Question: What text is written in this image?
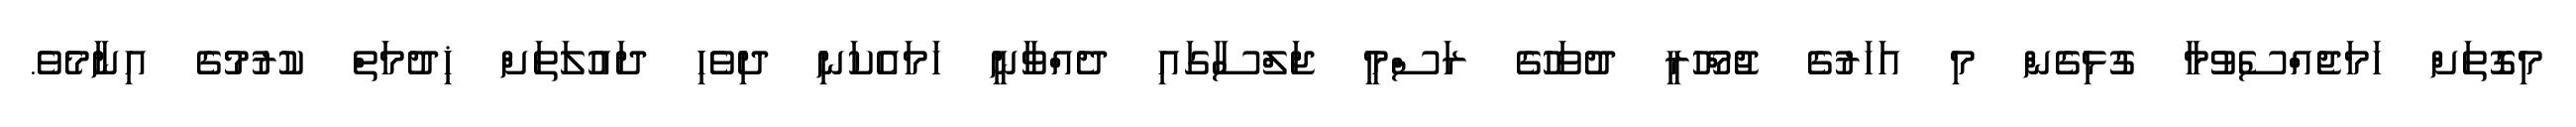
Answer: މިގޮތަށް ހަމަޖެއްސެވުމާ ގުޅިގެން މި އަހަރުގެ ޖުމްހޫރީ ދުވަހުގެ ރަސްމީ ޖަލްސާގައި ދެއްވާނީ ހަމައެކަނި ދިވެހި ދައުލަތަށް ޚިދުމަތް ކުރުމުގެ އިނާމެވެ.